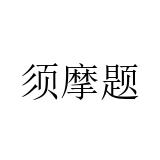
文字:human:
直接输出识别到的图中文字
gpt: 须摩题